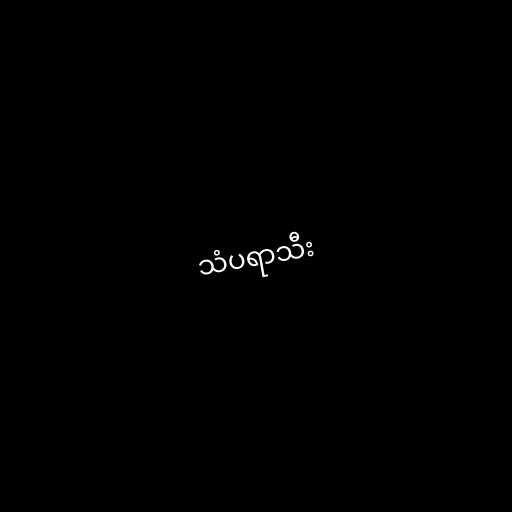
သံပရာသီး